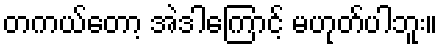
တကယ်တော့ အဲဒါကြောင့် မဟုတ်ပါဘူး။